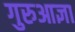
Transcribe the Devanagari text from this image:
गुरुआज्ञा